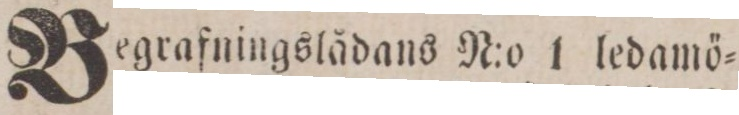
Begrafningslådans N:o 1 ledamö=